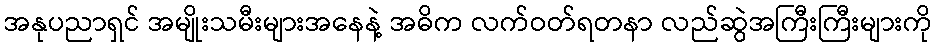
အနုပညာရှင် အမျိုးသမီးများအနေနဲ့ အဓိက လက်ဝတ်ရတနာ လည်ဆွဲအကြီးကြီးများကို